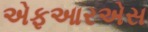
એફઆરએસ